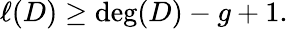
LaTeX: \ell(D)\geq\deg(D)-g+1.